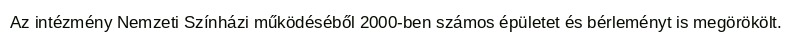
Az intézmény Nemzeti Színházi működéséből 2000-ben számos épületet és bérleményt is megörökölt.